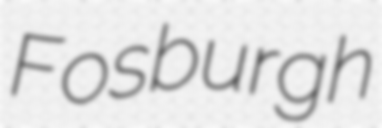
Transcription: Fosburgh